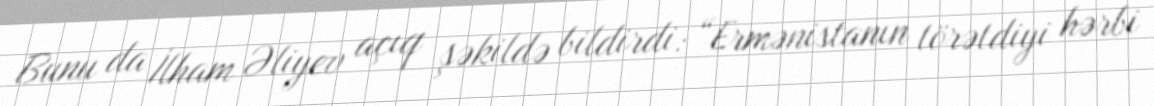
Bunu da İlham Əliyev açıq şəkildə bildirdi: “Ermənistanın törətdiyi hərbi